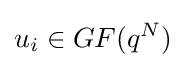
u_{i}\in GF(q^{N})